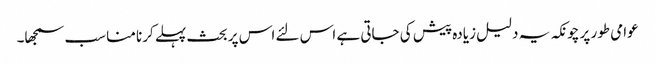
عوامی طور پر چونکہ یہ دلیل زیادہ پیش کی جاتی ہے اس لئے اس پر بحث پہلے کرنا مناسب سمجھا۔